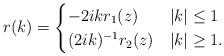
LaTeX: \begin{align*}r(k)=\begin{cases}-2ik r_1(z) & |k| \leq 1 \\(2ik)^{-1} r_2(z) & |k| \geq 1.\end{cases}\end{align*}